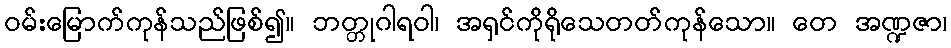
ဝမ်းမြောက်ကုန်သည်ဖြစ်၍။ ဘတ္တုဂါရဝါ၊ အရှင်ကိုရိုသေတတ်ကုန်သော။ တေ အဏ္ဍဇာ၊